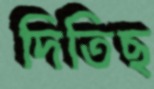
দিতিছ